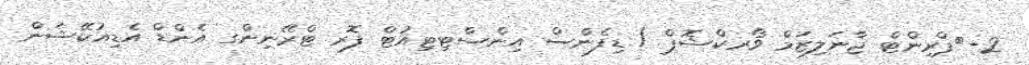
2-	ޕްރިންޓް ޖާނަލިޒަމް ވޯރކްޝޮޕް / ޑިފެންސް އިންސްޓިޓިއުޓް ފޮރ ޓްރޭނިންގ އެންޑް އެޑިއުކޭޝަން